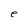
Character: e